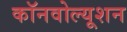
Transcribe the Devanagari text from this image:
कॉनवोल्यूशन